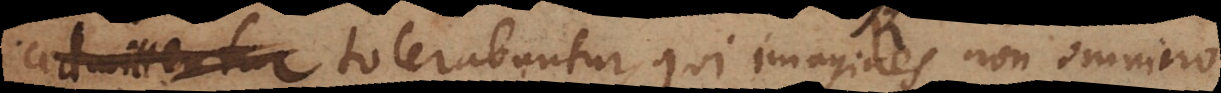
illis tolerabuntur qui imagines non omnino